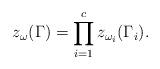
LaTeX: \begin{align*}z_\omega(\Gamma)=\prod_{i=1}^c z_{\omega_i}(\Gamma_i).\end{align*}